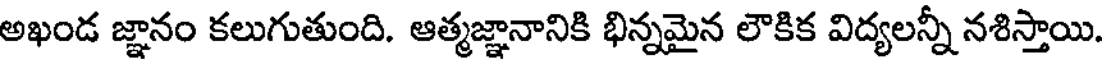
అఖండ జ్ఞానం కలుగుతుంది. ఆత్మజ్ఞానానికి భిన్నమైన లౌకిక విద్యలన్నీ నశిస్తాయి.